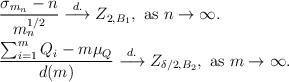
LaTeX: \begin{align*}&\frac{\sigma_{m_n} - n}{m_n^{1/2}} \stackrel{d.}{\longrightarrow} Z_{2, B_1}, \mbox{ as $n \rightarrow \infty$.} \\& \frac{\sum_{i=1}^{m} Q_i - m \mu_Q}{d(m)} \stackrel{d.}{\longrightarrow} Z_{\delta/2, B_2}, \mbox{ as $m \rightarrow \infty$.}\end{align*}